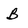
Character: b